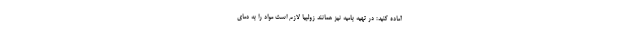
آماده کنید: در تهیه بامیه نیز همانند زولبیا لازم است مواد را به دمای